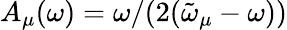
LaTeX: A_{\mu}(\omega)=\omega/(2(\tilde{\omega}_{\mu}-\omega))